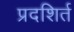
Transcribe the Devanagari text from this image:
प्रदशिर्त